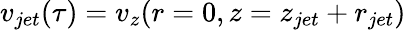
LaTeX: v_{jet}(\tau)=v_{z}(r=0,z=z_{jet}+r_{jet})